Vaccine operations Central Provinces 1886-1899 - 1886-1899
Year: 1886
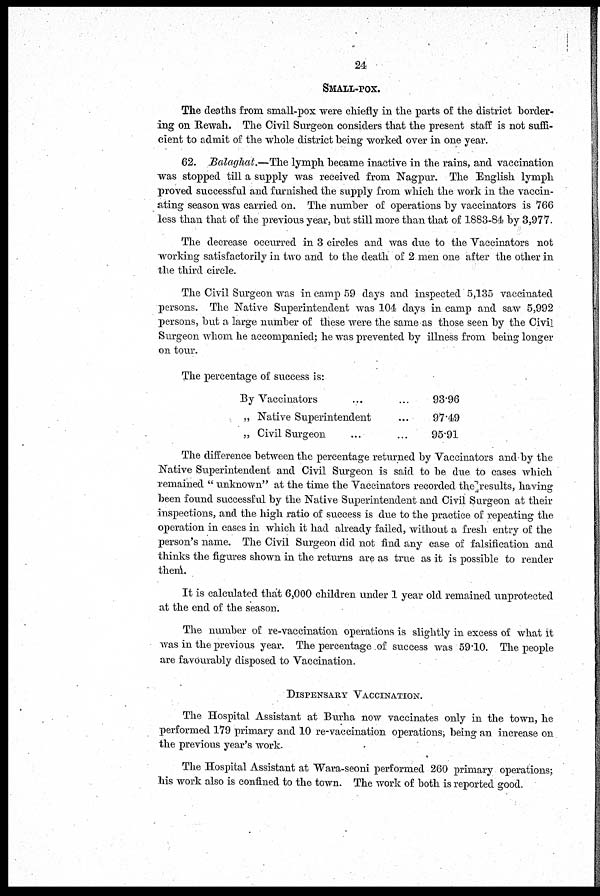
24
SMALL-POX.
The deaths from small-pox were chiefly in the parts of the district border-
ing on Rewah. The Civil Surgeon considers that the present staff is not suff¬
cient to admit of the whole district being worked over in one year.
62. Balaghat.—The lymph became inactive in the rains, and vaccination
was stopped till a supply was received from Nagpur. The English lymph
proved successful and furnished the supply from which the work in the vaccin-
ating season was carried on. The number of operations by vaccinators is 766
less than that of the previous year, but still more than that of 1883-84 by 3,977.
The decrease occurred in 3 circles and was due to the Vaccinators not
working satisfactorily in two and to the death of 2 men one after the other in
the third circle.
The Civil Surgeon was in camp 59 days and inspected 5,135 vaccinated
persons. The Native Superintendent was 104 days in camp and saw 5,992
persons, but a large number of these were the same as those seen by the Civil
Surgeon whom he accompanied; he was prevented by illness from being longer
on tour.
The percentage of success is:
By Vaccinators
„ Native Superintendent
„ Civil Surgeon
9396
97.49
95.91
The difference between the percentage returned by Vaccinators and by the
Native Superintendent and Civil Surgeon is said to be due to cases which
remained " unknown" at the time the Vaccinators recorded the results, having
been found successful by the Native Superintendent and Civil Surgeon at their
inspections, and the high ratio of success is due to the practice of repeating the
operation in cases in which it had already failed, without a fresh entry of the
person's name. The Civil Surgeon did not find any case of falsification and
thinks the figures shown in the returns are as true as it is possible to render
them.
It is calculated that 6,000 children under 1 year old remained unprotected
at the end of the season.
The number of re-vaccination operations is slightly in excess of what it
was in the previous year. The percentage of success was 59.10. The people
are favourably disposed to Vaccination.
DISPENSARY VACCINATION.
The Hospital Assistant at Burha now vaccinates only in the town, he
performed 179 primary and 10 re-vaccination operations, being an increase on
the previous year's work.
The Hospital Assistant at Wara-seoni performed 260 primary operations;
his work also is confined to the town. The work of both is reported good.